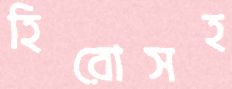
হিরোসহ